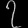
Digit: ၇